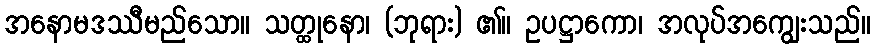
အနောမဒဿီမည်သော။ သတ္ထုနော၊ (ဘုရား) ၏။ ဥပဋ္ဌာကော၊ အလုပ်အကျွေးသည်။